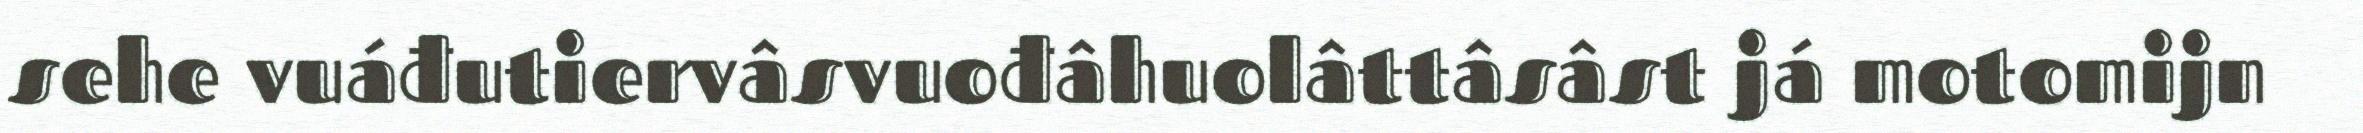
sehe vuáđutiervâsvuođâhuolâttâsâst já motomijn